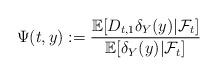
LaTeX: \begin{align*}\Psi(t,y):= \frac{\mathbb{E}[D_{t,1}\delta_Y(y)|\mathcal{F}_t]}{\mathbb{E}[\delta_Y(y)|\mathcal{F}_t]}\end{align*}